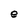
Character: e